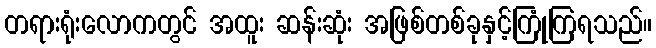
တရားရုံးလောကတွင် အထူး ဆန်းဆုံး အဖြစ်တစ်ခုနှင့်ကြုံကြရသည်။